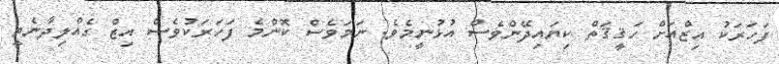
ފަހަރަކު އިޒްއަށް ހަޤީޤަތް ކިޔައިދޭންވެސް އުޅުނީމެވެ. ނަމަވެސް ކޮންމެ ފަހަރަކުވެސް އިޒް ގެއްލިދާނެތީ